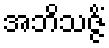
အဘိသဇ္ဇိံ